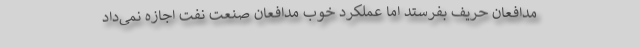
مدافعان حریف بفرستد اما عملکرد خوب مدافعان صنعت نفت اجازه نمی‌داد